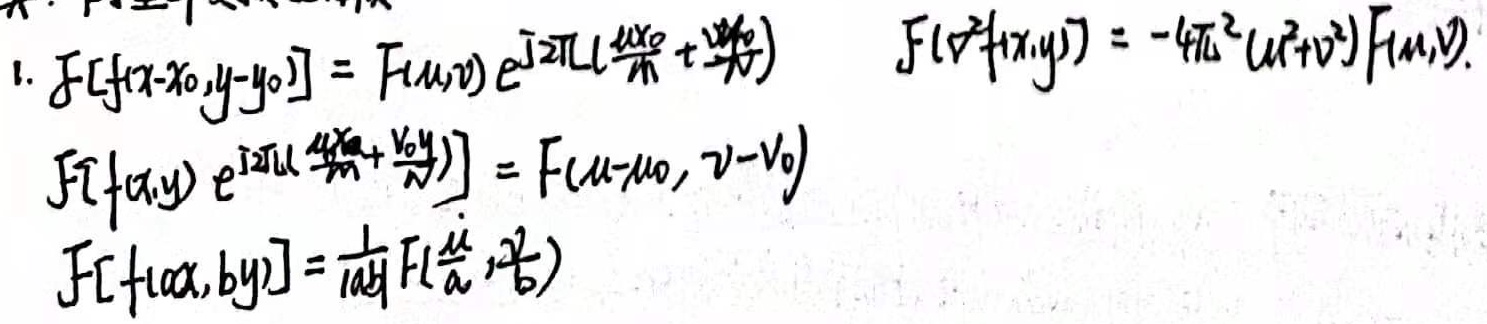
1. \(F[f(x - x_0,y - y_0)] = F(u,v)e^{j2\pi(\frac{ux_0}{M}+\frac{vy_0}{N})}\)  \(F[\nabla^{2}f(x,y)]=-4\pi^{2}(u^{2}+v^{2})F(u,v)\)
\(F\left[f(x,y)e^{j2\pi(\frac{u_0x}{M}+\frac{v_0y}{N})}\right]=F(u - u_0,v - v_0)\)
\(F[f(ax,by)]=\frac{1}{|ab|}F(\frac{u}{a},\frac{v}{b})\)